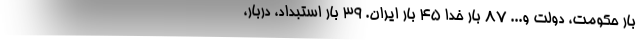
بار حکومت، دولت و... ۸۷ بار خدا ۴۵ بار ایران. ۳۹ بار استبداد، دربار،